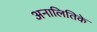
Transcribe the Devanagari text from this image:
अनालितिके